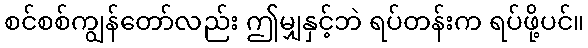
စင်စစ်ကျွန်တော်လည်း ဤမျှနှင့်ဘဲ ရပ်တန်းက ရပ်ဖို့ပင်။